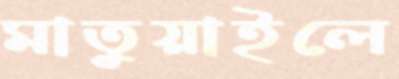
মাতুয়াইলে